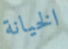
الخيانة